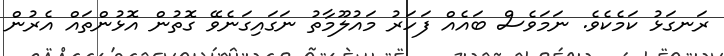
ރަނގަޅު ކަމެކެވެ. ނަމަވެސް ބައެއް ފަހަރު މައުލޫމާތު ނަގައިގަނެވޭ ގޮތުން އޮޅުންތައް އެރުން